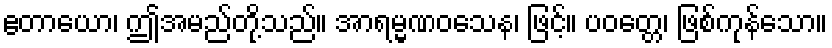
ဧတာယော၊ ဤအမည်တို့သည်။ အာရမ္မဏဝသေန၊ ဖြင့်။ ပဝတ္တေ၊ ဖြစ်ကုန်သော။